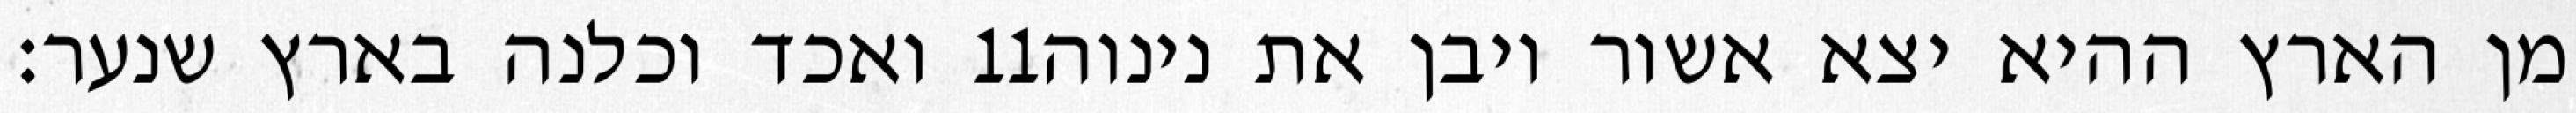
ואכד וכלנה בארץ שנער׃ ‎11‏ מן הארץ ההיא יצא אשור ויבן את נינוה